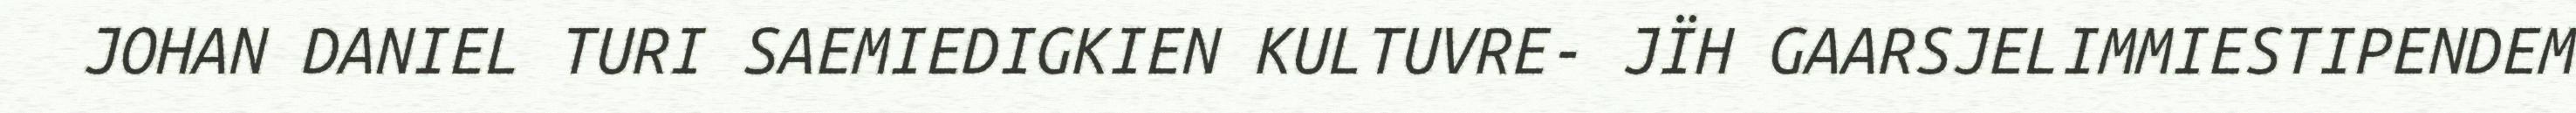
JOHAN DANIEL TURI SAEMIEDIGKIEN KULTUVRE- JÏH GAARSJELIMMIESTIPENDEM